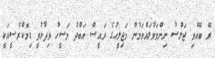
ރޭ ބޭއްވި ޖަލްސާ ނިންމަވާލައްވަމުން މަޖިލީހުގެ ރައީސް އަބްދު މަސީހު ވިދާޅުވީ ޑިމޮކްރެސީއަކީ